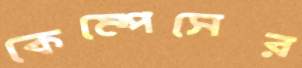
কেম্পেসের